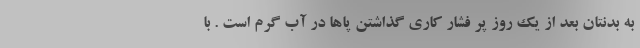
به بدنتان بعد از یک روز پر فشار کاری گذاشتن پاها در آب گرم است . با